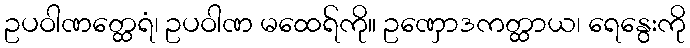
ဥပဝါဏတ္ထေရံ၊ ဥပဝါဏ မထေရ်ကို။ ဥဏှောဒကတ္ထာယ၊ ရေနွေးကို